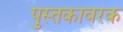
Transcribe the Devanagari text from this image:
पुस्तकावरक